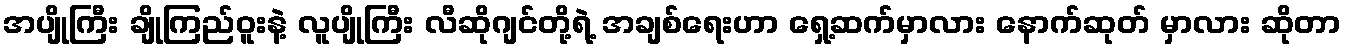
အပျိုကြီး ချိုကြည်ဝူးနဲ့ လူပျိုကြီး လီဆိုဂျင်တို့ရဲ့ အချစ်ရေးဟာ ရှေ့ဆက်မှာလား နောက်ဆုတ် မှာလား ဆိုတာ